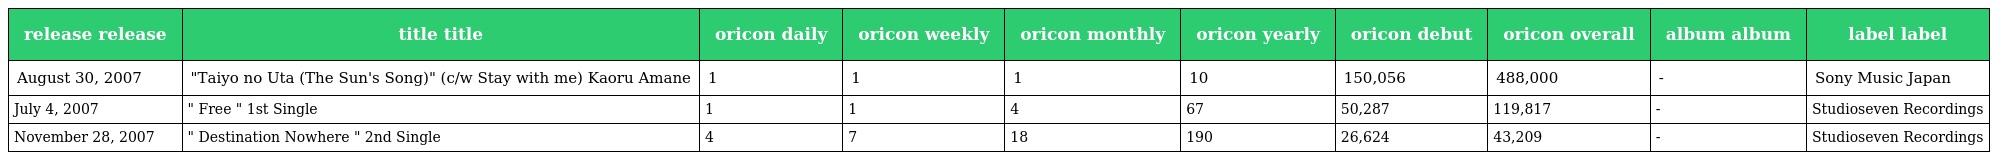
| release release | title title | oricon daily | oricon weekly | oricon monthly | oricon yearly | oricon debut | oricon overall | album album | label label |
 | --- | --- | --- | --- | --- | --- | --- | --- | --- | --- |
 | August 30, 2007 | "Taiyo no Uta (The Sun's Song)" (c/w Stay with me) Kaoru Amane | 1 | 1 | 1 | 10 | 150,056 | 488,000 | - | Sony Music Japan |
 | July 4, 2007 | " Free " 1st Single | 1 | 1 | 4 | 67 | 50,287 | 119,817 | - | Studioseven Recordings |
 | November 28, 2007 | " Destination Nowhere " 2nd Single | 4 | 7 | 18 | 190 | 26,624 | 43,209 | - | Studioseven Recordings |